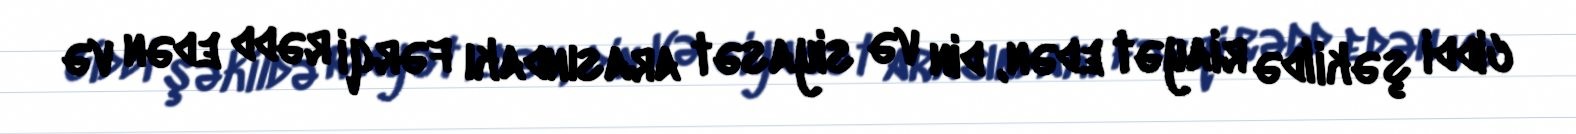
ciddi şəkildə riayət edən, din və siyasət arasındakı fərqi rədd edən və